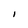
Character: I